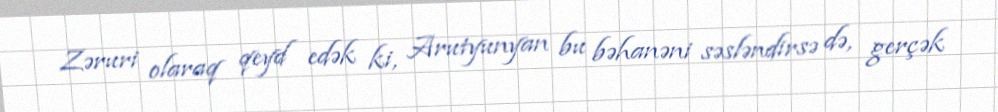
Zəruri olaraq qeyd edək ki, Arutyunyan bu bəhanəni səsləndirsə də, gerçək